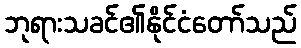
ဘုရားသခင်၏နိုင်ငံတော်သည်